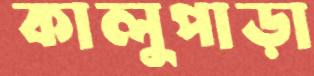
কালুপাড়া